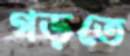
গড়তে